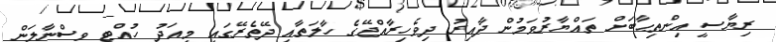
ރިޔާސީ އިންތިޙާބަށް ތައްޔާރުވަމުން ދާއިރު ދިވެހިރާއްޖޭގެ ހާލަތާއި ދޭތެރޭގައި މިއަދު ހުއްޓި ވިސްނާލަން